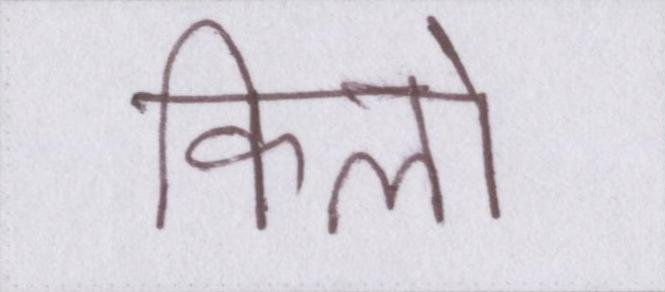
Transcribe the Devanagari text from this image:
किलो